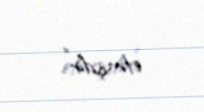
etmişdir".